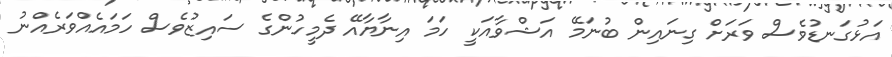
އަޅުގަނޑުވެސް ވަރަށް ގިނައިން ބުނަމޭ އަޝްވާއަކީ ހަމަ އިނާޔާއޭ ދެމީހުންގެ ސައިޒުވެސް ހަމައެއްވަރެއްނު